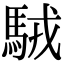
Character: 駥